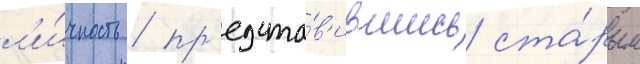
л'и́чность / пр'едста́в'ившись ста́рым